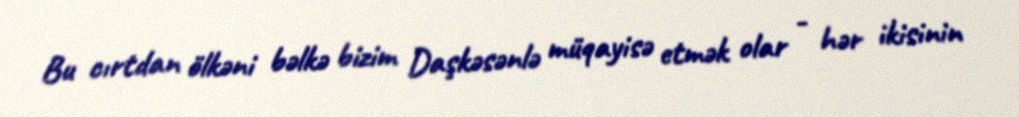
Bu cırtdan ölkəni bəlkə bizim Daşkəsənlə müqayisə etmək olar - hər ikisinin